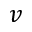
v